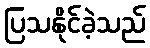
ပြသနိုင်ခဲ့သည်